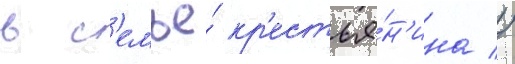
в с'емье́ кр'естья́н'ина //